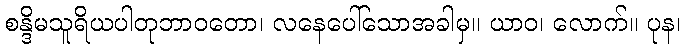
စန္ဒိမသူရိယပါတုဘာဝတော၊ လနေပေါ်သောအခါမှ။ ယာဝ၊ လောက်။ ပုန၊